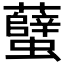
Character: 𧕏